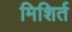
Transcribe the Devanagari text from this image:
मिशिर्त